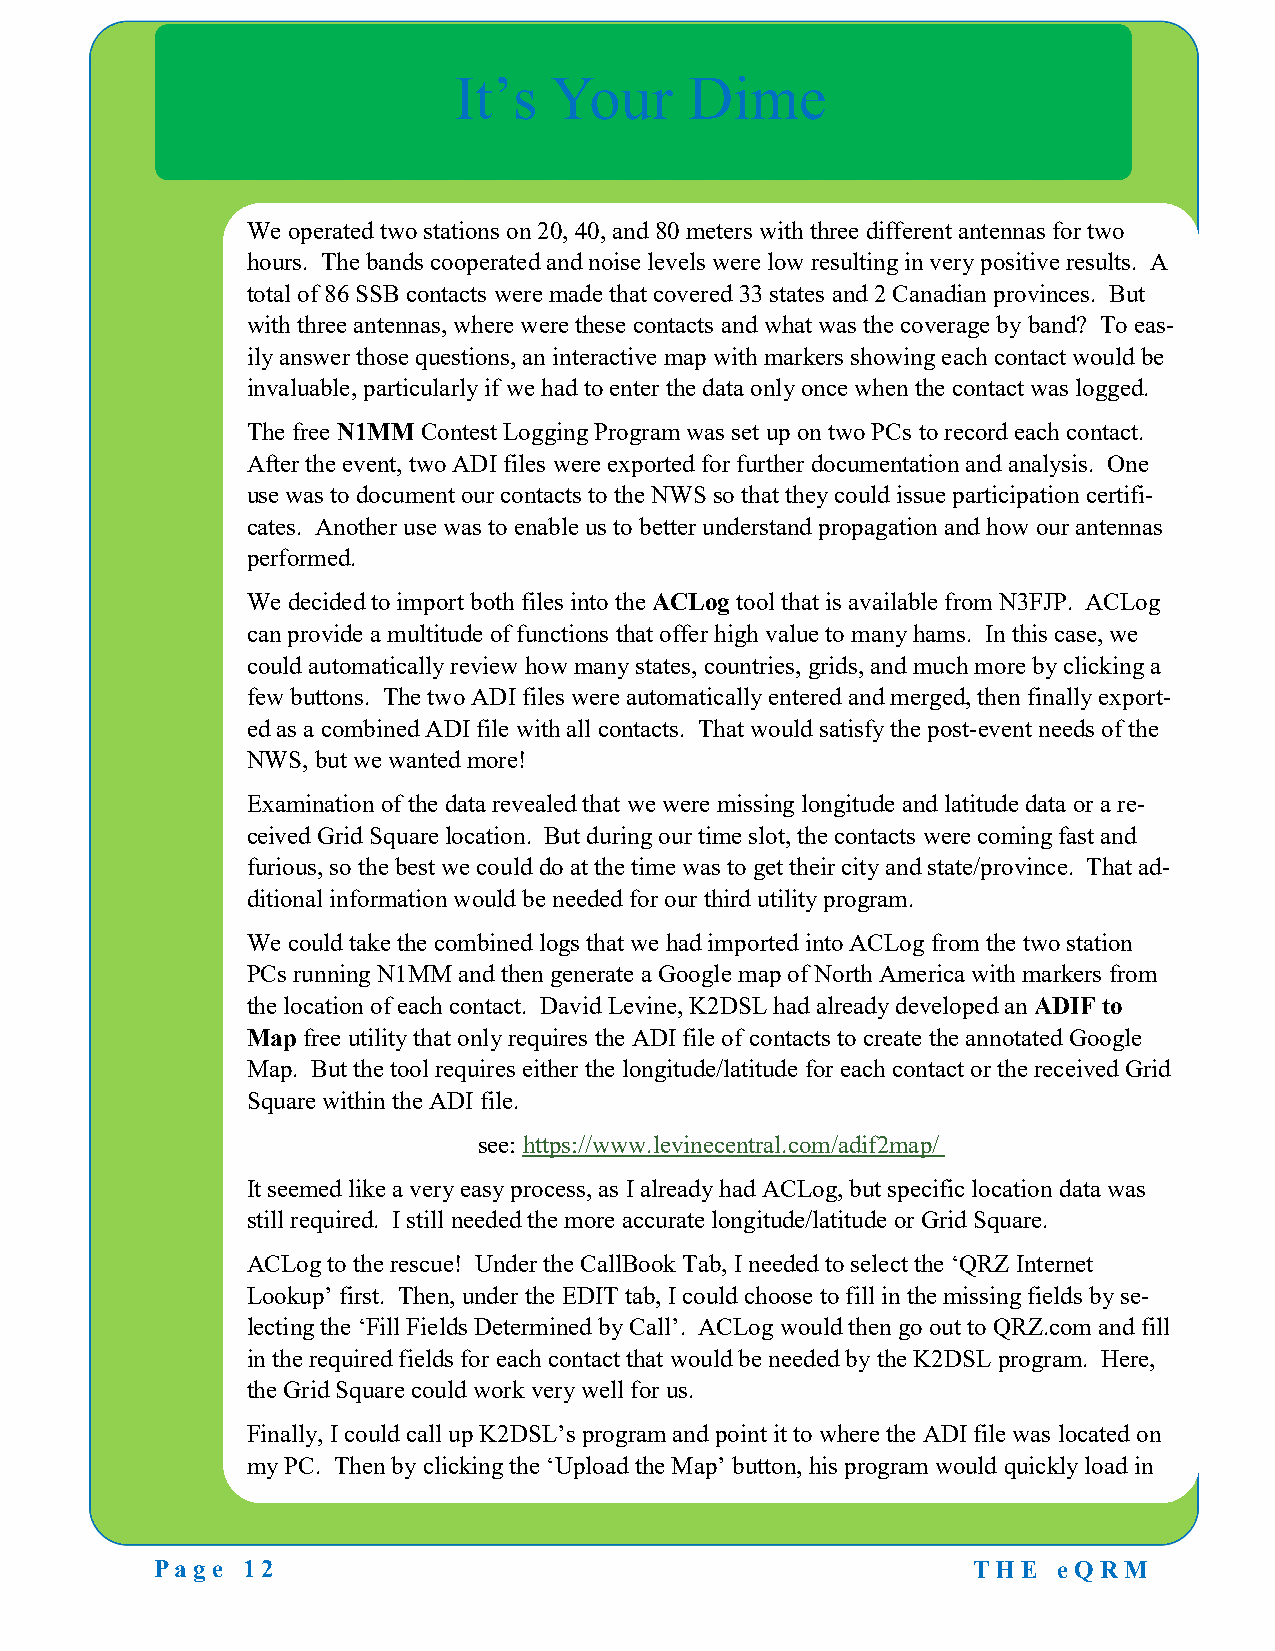
It’s  Your      Dime
 We operated two stations on 20, 40, and 80 meters with three different antennas for two
 hours. The bands cooperated and noise levels were low resulting in very positive results. A
 total of 86 SSB contacts were made that covered 33 states and 2 Canadian provinces. But
 with three antennas, where were these contacts and what was the coverage by band? To eas-
 ily answer those questions, an interactive map with markers showing each contact would be
 invaluable, particularly if we had to enter the data only once when the contact was logged.
 The free N1MM Contest Logging Program was set up on two PCs to record each contact.
 After the event, two ADI files were exported for further documentation and analysis. One
 use was to document our contacts to the NWS so that they could issue participation certifi-
 cates. Another use was to enable us to better understand propagation and how our antennas
 performed.
 We decided to import both files into the ACLog tool that is available from N3FJP. ACLog
 can provide a multitude of functions that offer high value to many hams. In this case, we
 could automatically review how many states, countries, grids, and much more by clicking a
 few buttons. The two ADI files were automatically entered and merged, then finally export-
 ed as a combined ADI file with all contacts. That would satisfy the post-event needs of the
 NWS, but we wanted more!
 Examination of the data revealed that we were missing longitude and latitude data or a re-
 ceived Grid Square location. But during our time slot, the contacts were coming fast and
 furious, so the best we could do at the time was to get their city and state/province. That ad-
 ditional information would be needed for our third utility program.
 We could take the combined logs that we had imported into ACLog from the two station
 PCs running N1MM and then generate a Google map of North America with markers from
 the location of each contact. David Levine, K2DSL had already developed an ADIF to
 Map free utility that only requires the ADI file of contacts to create the annotated Google
 Map. But the tool requires either the longitude/latitude for each contact or the received Grid
 Square within the ADI file.
 see: https://www.levinecentral.com/adif2map/
 It seemed like a very easy process, as I already had ACLog, but specific location data was
 still required. I still needed the more accurate longitude/latitude or Grid Square.
 ACLog to the rescue! Under the CallBook Tab, I needed to select the ‘QRZ Internet
 Lookup’ first. Then, under the EDIT tab, I could choose to fill in the missing fields by se-
 lecting the ‘Fill Fields Determined by Call’. ACLog would then go out to QRZ.com and fill
 in the required fields for each contact that would be needed by the K2DSL program. Here,
 the Grid Square could work very well for us.
 Finally, I could call up K2DSL’s program and point it to where the ADI file was located on
 my PC. Then by clicking the ‘Upload the Map’ button, his program would quickly load in
 Page  12                                              T H E eQ RM